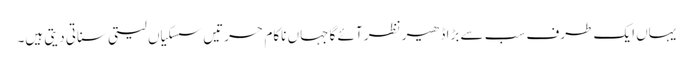
یہاں ایک طرف سب سے بڑا ڈھیر نظر آئے گا جہاں ناکام حسرتیں سسکیاں لیتی سناتی دیتی ہیں۔